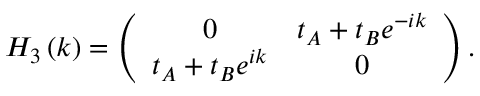
H _ { 3 } \left( k \right) = \left( \begin{array} { c c } { 0 } & { t _ { A } + t _ { B } e ^ { - i k } } \\ { t _ { A } + t _ { B } e ^ { i k } } & { 0 } \end{array} \right) .